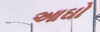
આઘો